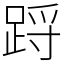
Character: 䟹